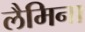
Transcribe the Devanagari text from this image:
लैमिना